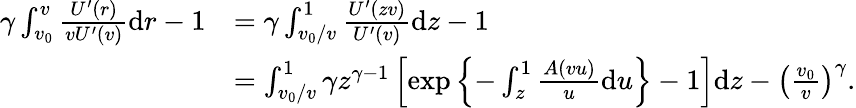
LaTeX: \begin{array}{rl}{\gamma\int_{v_{0}}^{v}\frac{U^{\prime}(r)}{vU^{\prime}(v)}\mathrm{d}r-1}&{=\gamma\int_{v_{0}/v}^{1}\frac{U^{\prime}(zv)}{U^{\prime}(v)}\mathrm{d}z-1}\\ &{=\int_{v_{0}/v}^{1}\gamma z^{\gamma-1}\left[\exp\left\lbrace-\int_{z}^{1}\frac{A(vu)}{u}\mathrm{d}u\right\rbrace-1\right]\mathrm{d}z-\left(\frac{v_{0}}{v}\right)^{\gamma}.}\end{array}